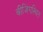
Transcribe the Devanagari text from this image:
बीजिंगस्थित